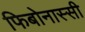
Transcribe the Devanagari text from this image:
फिबोनास्सी